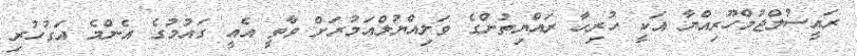
ރައީސުލްޖުމްހޫރިއްޔާ އަކީ ހުރިހާ ރައްޔިތުންގެ ވަލިއްޔުލްއަމުރަށް ވާތީ އެއީ ގައުމުގެ އެންމެ އަގުހުރި